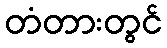
တံတားတွင်